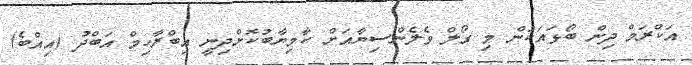
އަކްރަމް ދިން ބޯޅައަކުން މި ގޯލް ވެލެންސިޔާއަށް ކާމިޔާބުކޮށްދިނީ އިބްރާހިމް އަބްދު (އިއްބެ)